Vaccination in Bombay 1913-1923 - 1913-1923
Year: 1913
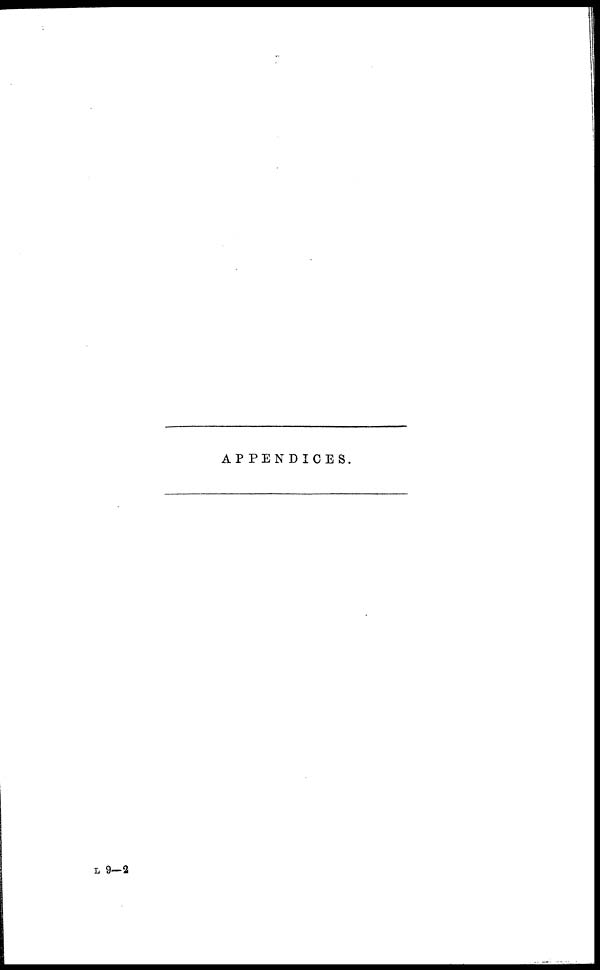
APPENDICES.
L 9—2